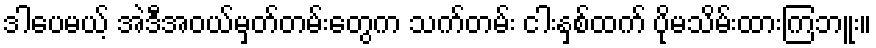
ဒါပေမယ့် အဲဒီအဝယ်မှတ်တမ်းတွေက သက်တမ်း ငါးနှစ်ထက် ပိုမသိမ်းထားကြဘူး။